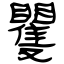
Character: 矍